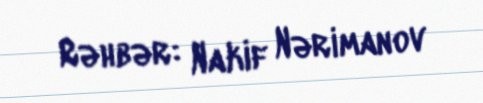
Rəhbər: Nakif Nərimanov